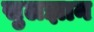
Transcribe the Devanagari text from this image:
सुलझान